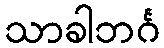
သာခါဘင်္ဂ